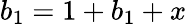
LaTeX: b_{1}=1+b_{1}+x